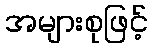
အများစုဖြင့်